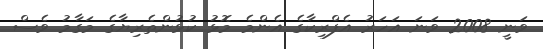
ވަނީ 2008 ވަނަ އަހަރު އެފްރިކާގެ އެންމެ މޮޅު ކުޅުންތެރިޔާގެ މަގާމު ވެސް